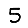
Digit: 5